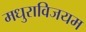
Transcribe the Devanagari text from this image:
मधुराविजयम